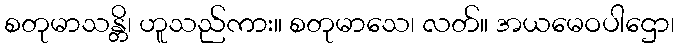
စတုမာသန္တိ၊ ဟူသည်ကား။ စတုမာသေ၊ လတ်။ အယမေဝပါဌော၊